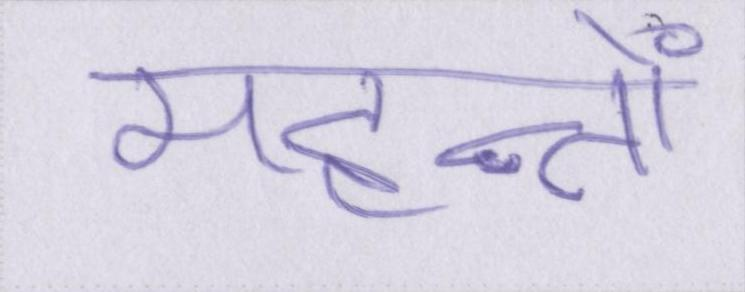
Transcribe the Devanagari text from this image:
महन्तों